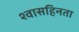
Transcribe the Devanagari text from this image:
श्वासहिनता